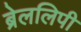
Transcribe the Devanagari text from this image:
ब्रेललिपी